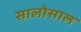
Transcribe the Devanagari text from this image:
सालोसाल